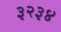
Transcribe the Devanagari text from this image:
३२३४